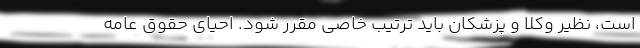
است، نظیر وکلا و پزشکان باید ترتیب خاصی مقرر شود. احیای حقوق عامه